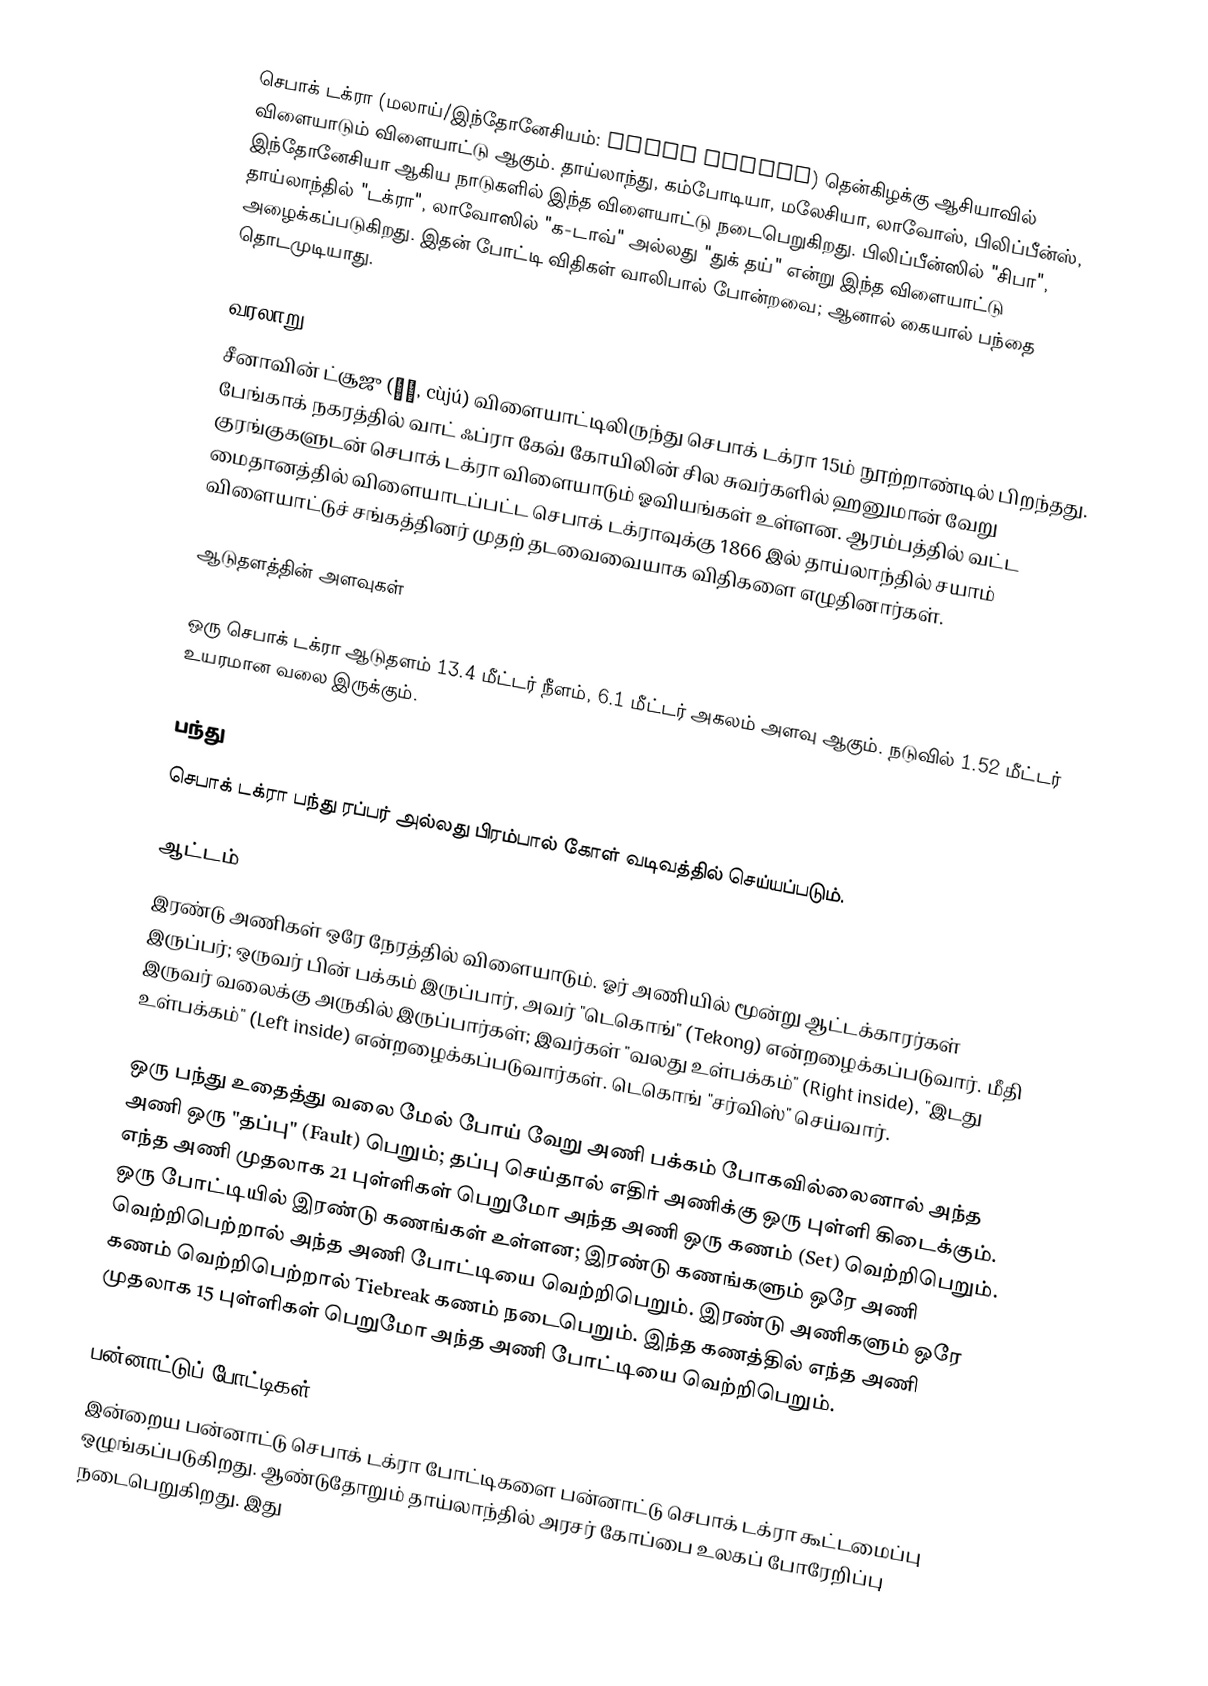
செபாக் டக்ரா (மலாய்/இந்தோனேசியம்: Sepak takraw) தென்கிழக்கு ஆசியாவில் விளையாடும் விளையாட்டு ஆகும். தாய்லாந்து, கம்போடியா, மலேசியா, லாவோஸ், பிலிப்பீன்ஸ், இந்தோனேசியா ஆகிய நாடுகளில் இந்த விளையாட்டு நடைபெறுகிறது. பிலிப்பீன்ஸில் "சிபா", தாய்லாந்தில் "டக்ரா", லாவோஸில் "க-டாவ்" அல்லது "துக் தய்" என்று இந்த விளையாட்டு அழைக்கப்படுகிறது. இதன் போட்டி விதிகள் வாலிபால் போன்றவை; ஆனால் கையால் பந்தை தொடமுடியாது.

வரலாறு
சீனாவின் ட்சூஜு (蹴鞠, cùjú) விளையாட்டிலிருந்து செபாக் டக்ரா 15ம் நூற்றாண்டில் பிறந்தது. பேங்காக் நகரத்தில் வாட் ஃப்ரா கேவ் கோயிலின் சில சுவர்களில் ஹனுமான் வேறு குரங்குகளுடன் செபாக் டக்ரா விளையாடும் ஓவியங்கள் உள்ளன. ஆரம்பத்தில் வட்ட மைதானத்தில் விளையாடப்பட்ட செபாக் டக்ராவுக்கு 1866 இல் தாய்லாந்தில் சயாம் விளையாட்டுச் சங்கத்தினர் முதற் தடவைவையாக விதிகளை எழுதினார்கள்.

ஆடுதளத்தின் அளவுகள்

ஒரு செபாக் டக்ரா ஆடுதளம் 13.4 மீட்டர் நீளம், 6.1 மீட்டர் அகலம் அளவு ஆகும். நடுவில் 1.52 மீட்டர் உயரமான வலை இருக்கும்.

பந்து
செபாக் டக்ரா பந்து ரப்பர் அல்லது பிரம்பால் கோள் வடிவத்தில் செய்யப்படும்.

ஆட்டம்
இரண்டு அணிகள் ஒரே நேரத்தில் விளையாடும். ஓர் அணியில் மூன்று ஆட்டக்காரர்கள் இருப்பர்; ஒருவர் பின் பக்கம் இருப்பார், அவர் "டெகொங்" (Tekong) என்றழைக்கப்படுவார். மீதி இருவர் வலைக்கு அருகில் இருப்பார்கள்; இவர்கள் "வலது உள்பக்கம்" (Right inside), "இடது உள்பக்கம்" (Left inside) என்றழைக்கப்படுவார்கள். டெகொங் "சர்விஸ்" செய்வார்.

ஒரு பந்து உதைத்து வலை மேல் போய் வேறு அணி பக்கம் போகவில்லைனால் அந்த அணி ஒரு "தப்பு" (Fault) பெறும்; தப்பு செய்தால் எதிர் அணிக்கு ஒரு புள்ளி கிடைக்கும். எந்த அணி முதலாக 21 புள்ளிகள் பெறுமோ அந்த அணி ஒரு கணம் (Set) வெற்றிபெறும். ஒரு போட்டியில் இரண்டு கணங்கள் உள்ளன; இரண்டு கணங்களும் ஒரே அணி வெற்றிபெற்றால் அந்த அணி போட்டியை வெற்றிபெறும். இரண்டு அணிகளும் ஒரே கணம் வெற்றிபெற்றால் Tiebreak கணம் நடைபெறும். இந்த கணத்தில் எந்த அணி முதலாக 15 புள்ளிகள் பெறுமோ அந்த அணி போட்டியை வெற்றிபெறும்.

பன்னாட்டுப் போட்டிகள்
இன்றைய பன்னாட்டு செபாக் டக்ரா போட்டிகளை பன்னாட்டு செபாக் டக்ரா கூட்டமைப்பு ஒழுங்கப்படுகிறது. ஆண்டுதோறும் தாய்லாந்தில் அரசர் கோப்பை உலகப் போரேறிப்பு நடைபெறுகிறது. இது